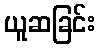
ယူဆခြင်း